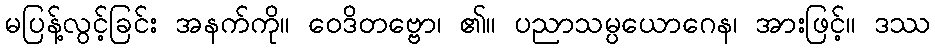
မပြန့်လွင့်ခြင်း အနက်ကို။ ဝေဒိတဗ္ဗော၊ ၏။ ပညာသမ္ပယောဂေန၊ အားဖြင့်။ ဒဿ